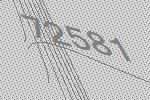
72581